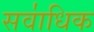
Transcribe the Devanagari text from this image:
सवा॑धिक